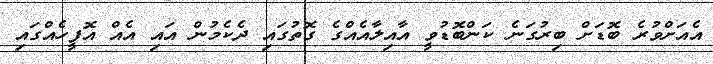
އެއަށްވުރެ ބޮޑަށް ބިރުގަނެ ކަންބޮޑުވީ އާއިލާއެއްގެ ގޮތުގައި ދެކެމުން އައި އެއް އޮފީހެއްގައި